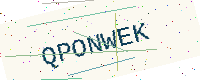
Text: QPONWEK